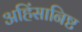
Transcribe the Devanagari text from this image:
अहिंसानिष्ट